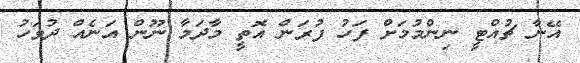
އޭނާ ޗުއްޓީ ނިންމުމަށް ފަހު ފުރަން އޮތީ މާދަމާ ނޫން އަނެއް ދުވަހު